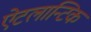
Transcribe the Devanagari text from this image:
ऐटलान्टिक